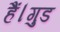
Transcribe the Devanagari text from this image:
हैं।गुड